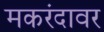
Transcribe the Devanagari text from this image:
मकरंदावर